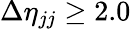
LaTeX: {\Delta\eta_{jj}\geq 2.0}